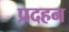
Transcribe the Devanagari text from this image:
प्रदहन